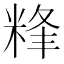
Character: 𥹾